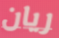
ريان